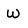
Character: w